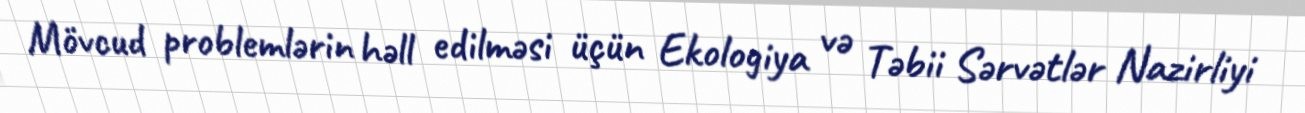
Mövcud problemlərin həll edilməsi üçün Ekologiya və Təbii Sərvətlər Nazirliyi